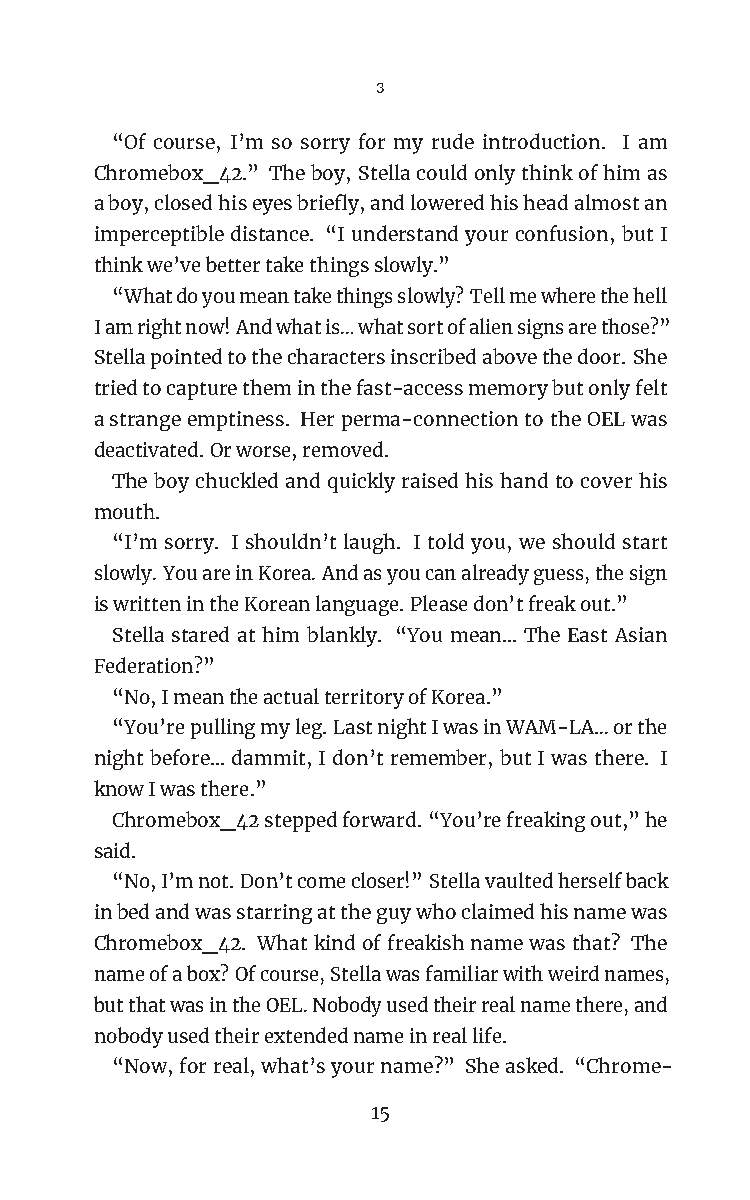
3
 “Of course, I’m so sorry for my rude introduction. I am
 Chromebox_42.” Theboy,Stellacouldonlythinkofhimas
 aboy,closedhiseyesbriefly,andloweredhisheadalmostan
 imperceptibledistance. “Iunderstandyourconfusion, butI
 thinkwe’vebettertakethingsslowly.”
 “Whatdoyoumeantakethingsslowly?Tellmewherethehell
 Iamrightnow!Andwhatis…whatsortofaliensignsarethose?”
 Stellapointedtothecharactersinscribedabovethedoor. She
 triedtocapturetheminthefast-accessmemorybutonlyfelt
 astrangeemptiness. Herperma-connectiontotheOELwas
 deactivated.Orworse,removed.
 The boy chuckled and quickly raised his hand to cover his
 mouth.
 “I’m sorry. I shouldn’t laugh. I told you, we should start
 slowly.YouareinKorea.Andasyoucanalreadyguess,thesign
 iswrittenintheKoreanlanguage.Pleasedon’tfreakout.”
 Stella stared at him blankly. “You mean… The East Asian
 Federation?”
 “No,ImeantheactualterritoryofKorea.”
 “You’repullingmyleg.LastnightIwasinWAM-LA…orthe
 nightbefore…dammit, Idon’tremember, butIwasthere. I
 knowIwasthere.”
 Chromebox_42steppedforward.“You’refreakingout,”he
 said.
 “No,I’mnot.Don’tcomecloser!”Stellavaultedherselfback
 inbedandwasstarringattheguywhoclaimedhisnamewas
 Chromebox_42. Whatkindoffreakishnamewasthat? The
 nameofabox?Ofcourse,Stellawasfamiliarwithweirdnames,
 butthatwasintheOEL.Nobodyusedtheirrealnamethere,and
 nobodyusedtheirextendednameinreallife.
 “Now,forreal,what’syourname?” Sheasked. “Chrome-
 15